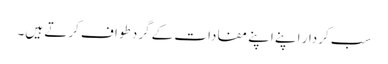
سب کردار اپنے اپنے مفادات کے گرد طواف کرتے ہیں۔